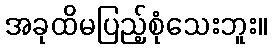
အခုထိမပြည့်စုံသေးဘူး။